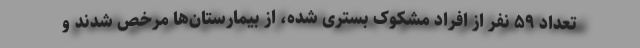
تعداد ۵۹ نفر از افراد مشکوک بستری شده، از بیمارستان‌ها مرخص شدند و